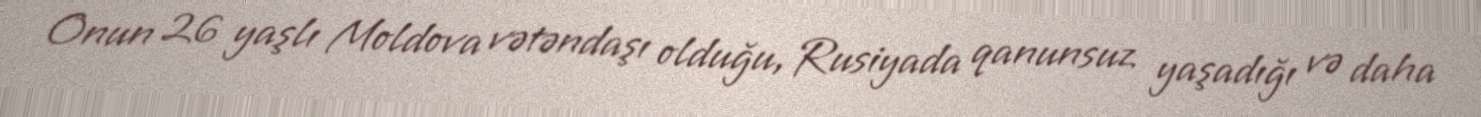
Onun 26 yaşlı Moldova vətəndaşı olduğu, Rusiyada qanunsuz yaşadığı və daha